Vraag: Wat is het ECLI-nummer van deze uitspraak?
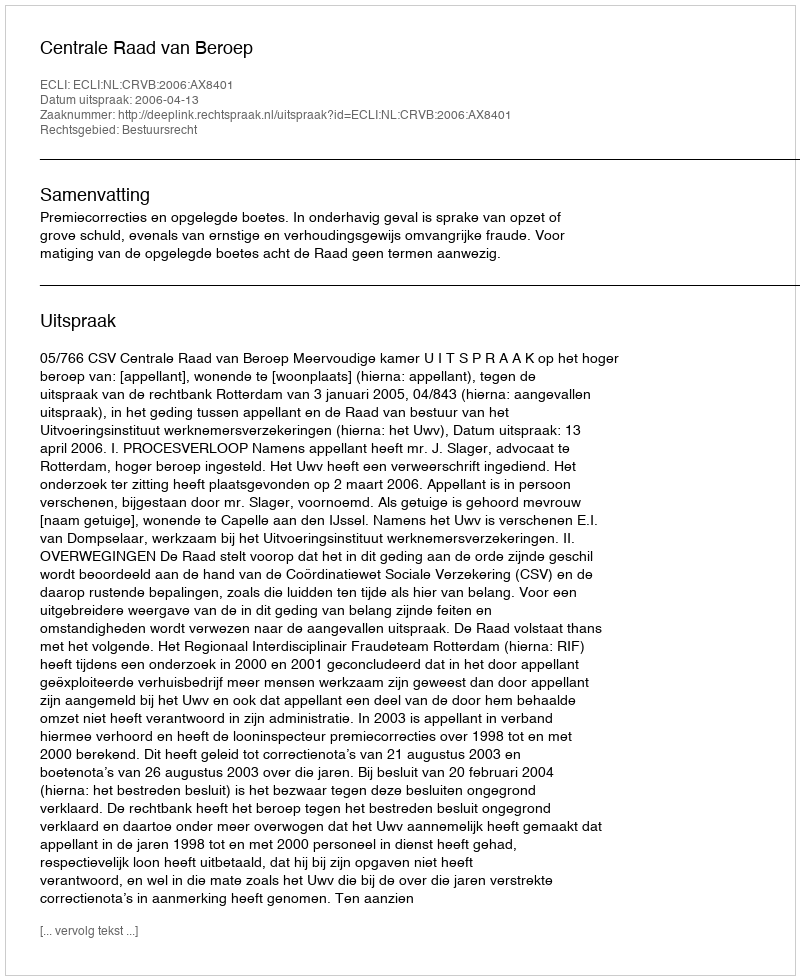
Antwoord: ECLI:NL:CRVB:2006:AX8401